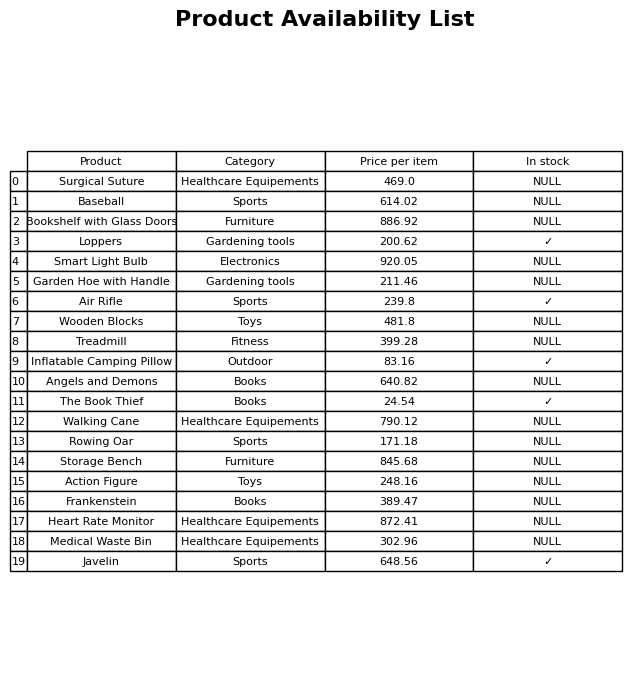
question: What is the price of the Loppers?
answer: The price of Loppers is 200.62.